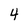
Character: 4